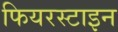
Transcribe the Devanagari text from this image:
फियरस्टाइन